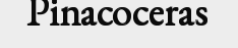
Pinacoceras